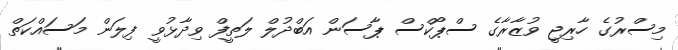
މިސްރުގެ ހާރިޖީ ވުޒާރާގެ ސްޕޯކްސް ޕާސަން އަބްދުލް ލަތީފް ވިދާޅުވީ ފިލަން މަސައްކަތް